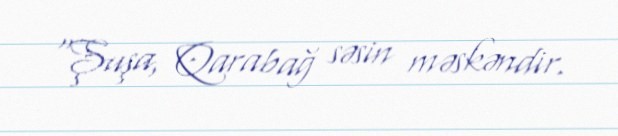
“Şuşa, Qarabağ səsin məskəndir.